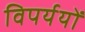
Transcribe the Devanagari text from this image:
विपर्ययों